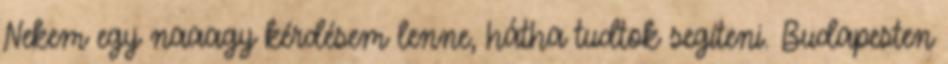
Nekem egy naaagy kérdésem lenne, hátha tudtok segíteni. Budapesten